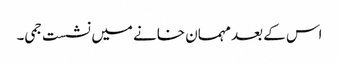
اس کے بعد مہمان خانے میں نشست جمی۔